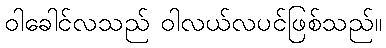
ဝါခေါင်လသည် ဝါလယ်လပင်ဖြစ်သည်။